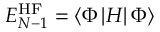
E _ { N - 1 } ^ { \mathrm { H F } } = \left< \Phi \left| H \right| \Phi \right>